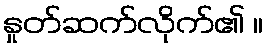
နှုတ်ဆက်လိုက်၏ ။